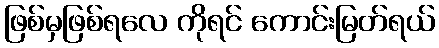
ဖြစ်မှဖြစ်ရလေ ကိုရင် ကောင်းမြတ်ရယ်